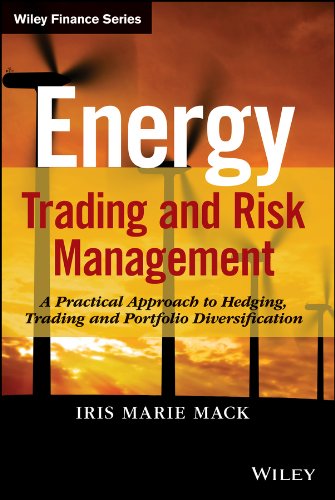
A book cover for Energy Trading and Risk Management: A Practical Approach to Hedging, Trading and Portfolio Diversification (Wiley Finance); Iris Marie Mack; Business & Money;